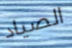
الصياد